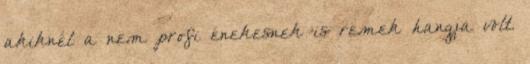
akiknél a nem profi énekesnek is remek hangja volt.